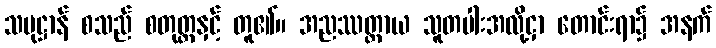
သမုဋ္ဌာန် စသည် စတုတ္ထနှင့် တူ၏။ အညဿတ္ထာယ သူတပါးအလို့ငှာ တောင်းရာ၌ အနက်